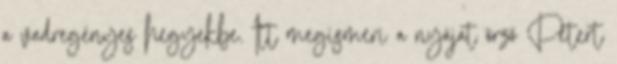
a vadregényes hegyekbe. Itt megismeri a nyájat őrző Pétert